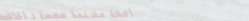
أجهزة منزلية صغيرة و أثاث